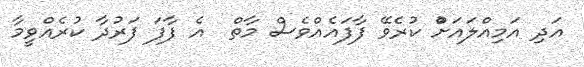
އަދި އަމިއްލައަށްު ކުރެވޭ ފާފައެއްވެސް މާތް  އެ ފާފަ ފަރުދާ ކުރެއްވީމާ